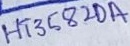
Text: HT3582DA